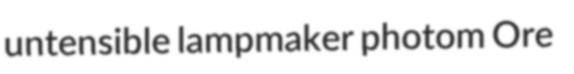
untensible lampmaker photom Ore